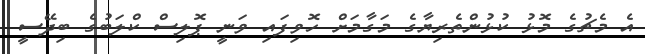
އެ މެޗުގެ މޮޅު ކުޅުންތެރިޔާގެ މަގާމަށް ހޮވިފައި ވަނީ ޕޮލިސް ކްލަބުގެ ބިދޭސީ